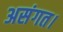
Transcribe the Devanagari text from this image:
असंगत।